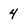
Character: 4